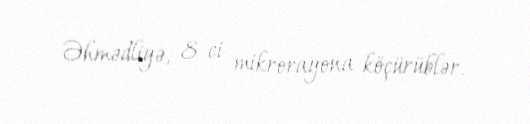
Əhmədliyə, 8-ci mikrorayona köçürüblər.